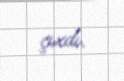
çıxdı.